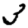
Digit: 3